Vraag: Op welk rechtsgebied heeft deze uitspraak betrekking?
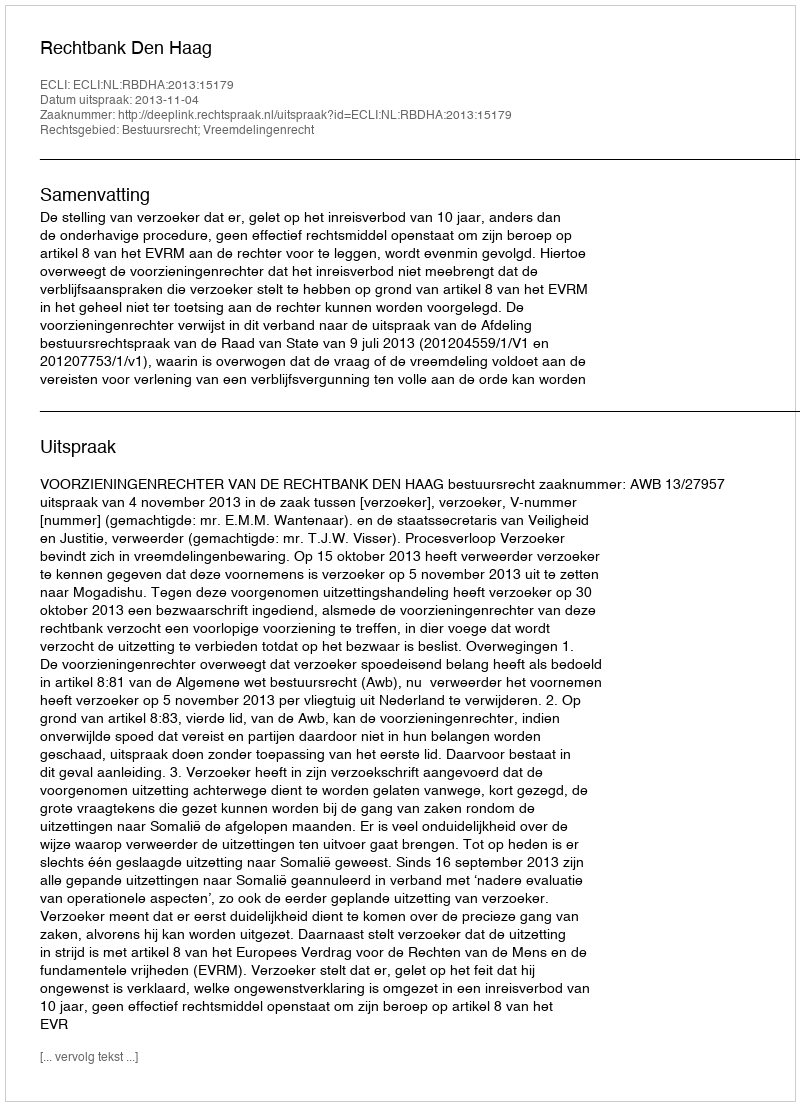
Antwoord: Bestuursrecht; Vreemdelingenrecht